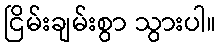
ငြိမ်းချမ်းစွာ သွားပါ။